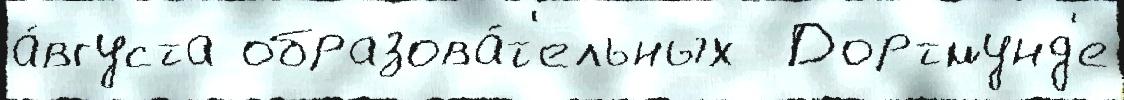
а́вгуста образова́т'ельных  Дортмунд'е